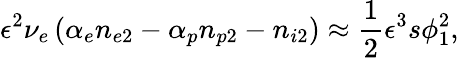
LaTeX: \epsilon^{2}\nu_{e}\left(\alpha_{e}n_{e2}-\alpha_{p}n_{p2}-n_{i2}\right)\approx\frac{1}{2}\epsilon^{3}s\phi_{1}^{2},